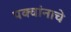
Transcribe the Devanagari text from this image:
पक्वांनाचे